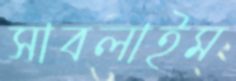
সাবলাইম